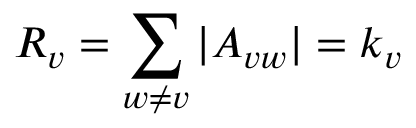
R _ { v } = \sum _ { w \neq v } | A _ { v w } | = k _ { v }